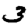
Digit: 3